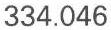
334.046